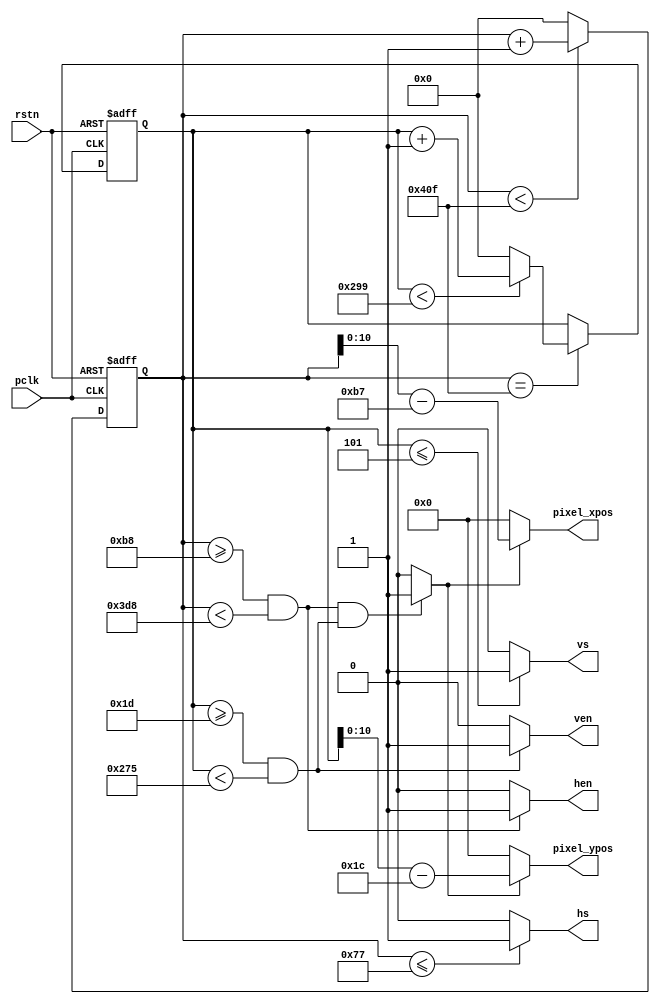
`timescale 1ns / 1ps
//////////////////////////////////////////////////////////////////////////////////
// Company: 
// Engineer: 
// 
// Design Name: 
// Module Name: DST
// Project Name: 
// Target Devices: 
// Tool Versions: 
// Description: 
// 
// Dependencies: 
// 
// Revision:
// Revision 0.01 - File Created
// Additional Comments:
// 
//////////////////////////////////////////////////////////////////////////////////


module DST(
    input rstn,
    input pclk,
    output hs,//
    output vs,//
    output hen,//
    output ven,//
    output  [10:0]  pixel_xpos,   //
    output  [10:0]  pixel_ypos    // 
    );
    
//parameter define
parameter  H_SYNC   =  12'd120;    //
parameter  H_BACK   =  12'd64;    //
parameter  H_DISP   =  12'd800;   //
parameter  H_FRONT  =  12'd56;    //
parameter  H_TOTAL  =  12'd1040;   //
 
parameter  V_SYNC   =  12'd6;     //
parameter  V_BACK   =  12'd23;    //
parameter  V_DISP   =  12'd600;   //
parameter  V_FRONT  =  12'd37;    //
parameter  V_TOTAL  =  12'd666;   //
    
//reg define                                     
reg  [11:0] cnt_h;
reg  [11:0] cnt_v;
    
//VGA
assign hs  = (cnt_h <= (H_SYNC - 1'b1)) ? 1'b1 : 1'b0;
assign vs  = (cnt_v <= (V_SYNC - 1'b1)) ? 1'b1 : 1'b0;

assign hen = ((cnt_h >= H_SYNC+H_BACK) && (cnt_h < H_SYNC + H_BACK + H_DISP))? 1'b1:1'b0;// 
assign ven = ((cnt_v >= V_SYNC+V_BACK) && (cnt_v < V_SYNC + V_BACK + V_DISP))? 1'b1:1'b0;// 


wire       data_req;
//     
assign data_req = (((cnt_h >= H_SYNC+H_BACK) && (cnt_h < H_SYNC+H_BACK+H_DISP))
                  && ((cnt_v >= V_SYNC+V_BACK) && (cnt_v < V_SYNC+V_BACK+V_DISP)))
                  ?  1'b1 : 1'b0;
//                
assign pixel_xpos = data_req ? (cnt_h - (H_SYNC + H_BACK - 1'b1)) : 10'd0;		// 
assign pixel_ypos = data_req ? (cnt_v - (V_SYNC + V_BACK - 1'b1)) : 10'd0;		// 

//
always @(posedge pclk or negedge rstn) begin         
    if (!rstn)
        cnt_h <= 12'd0;                                  
    else begin
        if(cnt_h < H_TOTAL - 1'b1)                                               
            cnt_h <= cnt_h + 1'b1;                               
        else 
            cnt_h <= 12'd0;  
    end
end

//
always @(posedge pclk or negedge rstn) begin         
    if (!rstn)
        cnt_v <= 12'd0;                                  
    else if(cnt_h == H_TOTAL - 1'b1) begin
        if(cnt_v < V_TOTAL - 1'b1)                                               
            cnt_v <= cnt_v + 1'b1;                               
        else 
            cnt_v <= 12'd0;  
    end
end

endmodule